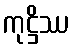
ကုဋ္ဌိဿ